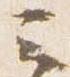
云